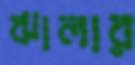
ঝালার